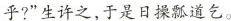
乎?”生许之，于是日操瓢道乞。